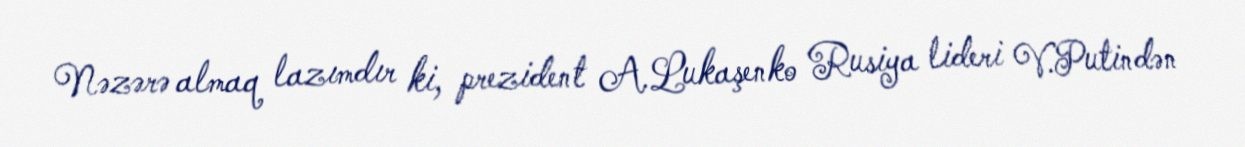
Nəzərə almaq lazımdır ki, prezident A.Lukaşenko Rusiya lideri V.Putindən